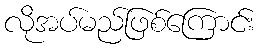
လိုအပ်မည်ဖြစ်ကြောင်း